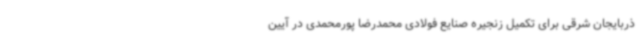
ذربایجان شرقی برای تکمیل زنجیره صنایع فولادی محمدرضا پورمحمدی در آیین